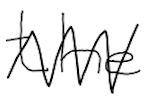
Text: the
Cross-out: zig-zag
Writing tool: digital_black